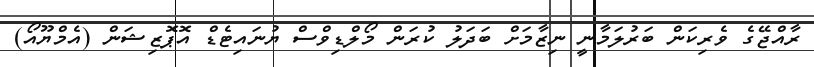
ރާއްޖޭގެ ވެރިކަން ބަރުލަމާނީ ނިޒާމަށް ބަދަލު ކުރަން މޯލްޑިވްސް ޔުނައިޓެޑް އޮޕޮޒިޝަން (އެމްޔޫއޯ)